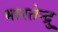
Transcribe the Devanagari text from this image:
भारतेन्द्रु